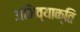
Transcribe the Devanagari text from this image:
अभिव्याक्ति